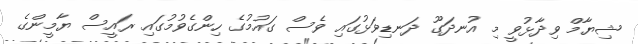
ޝިޔާމް ވިދާޅުވީ މި އުނދަގޫ ދަނޑިވަޅުގައި ވެސް ގައުމުގެ ހިންގެވުމުގައި ރައީސް ޔާމީންގެ